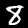
Digit: 8